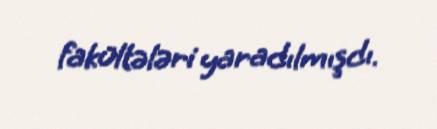
fakültələri yaradılmışdı.